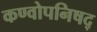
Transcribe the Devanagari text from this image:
कण्वोपनिषद्‌